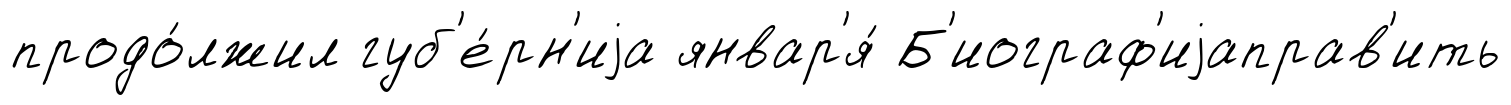
продо́лжил губ'е́рн'иjа январ'я́ Б'иограф'иjаправ'ить